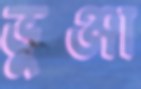
ভুঞ্জা